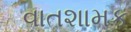
વાતશામક